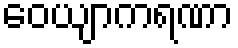
ဝေယျာကရဏာ